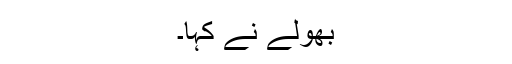
بھولے نے کہا۔